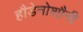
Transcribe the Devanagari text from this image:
हौडेनोशौनी